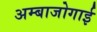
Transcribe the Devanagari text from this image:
अम्बाजोगाई